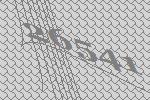
26541